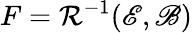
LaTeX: F=\mathcal{R}^{-1}(\mathscr{E},\mathscr{B})